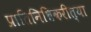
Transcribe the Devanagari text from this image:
प्रातिनिधिकरीत्या